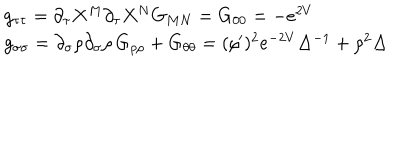
LaTeX: \begin{array} { l } { { g _ { \tau \tau } = \partial _ { \tau } X ^ { M } \partial _ { \tau } X ^ { N } G _ { M N } = G _ { 0 0 } = - e ^ { 2 V } } } \\ { { g _ { \sigma \sigma } = \partial _ { \sigma } \rho \partial _ { \sigma } \rho \, G _ { \rho \rho } + G _ { \theta \theta } = ( \rho ^ { \prime } ) ^ { 2 } e ^ { - 2 V } \Delta ^ { - 1 } + \rho ^ { 2 } \Delta } } \\ \end{array}